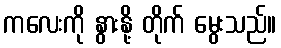
ကလေးကို နွားနို့ တိုက် မွေးသည်။